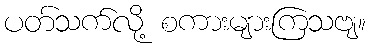
ပတ်သက်လို့ စကားများကြသဗျ။